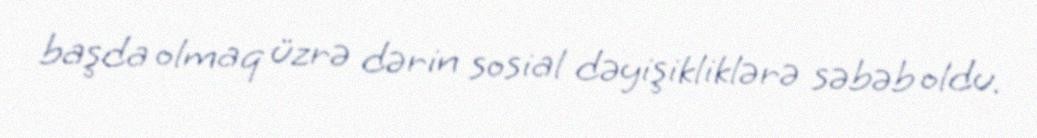
başda olmaq üzrə dərin sosial dəyişikliklərə səbəb oldu.